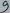
Text: 9